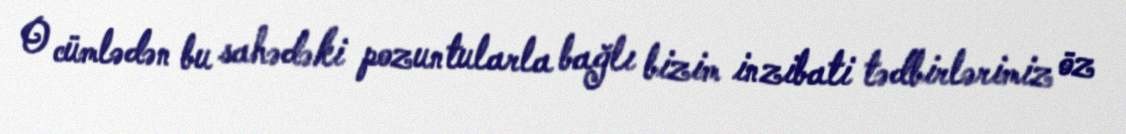
O cümlədən bu sahədəki pozuntularla bağlı bizim inzibati tədbirlərimiz öz